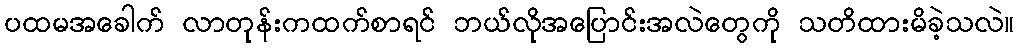
ပထမအခေါက် လာတုန်းကထက်စာရင် ဘယ်လိုအပြောင်းအလဲတွေကို သတိထားမိခဲ့သလဲ။